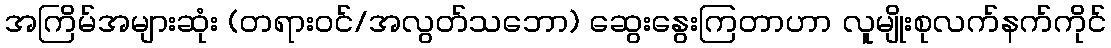
အကြိမ်အများဆုံး (တရားဝင်/အလွတ်သဘော) ဆွေးနွေးကြတာဟာ လူမျိုးစုလက်နက်ကိုင်